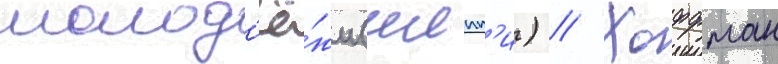
молод'ё́жи (иипп'и) // Хоффман